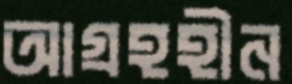
আগ্রহহীন